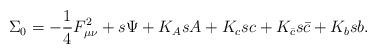
LaTeX: \begin{align*}\Sigma_0=-{1\over 4}F_{\mu\nu}^2+s\Psi+K_AsA+K_c sc+K_{\bar c}s \bar c+K_bsb.\end{align*}